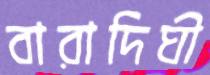
বারাদিঘী